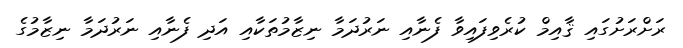
ރަށްރަށުގައި ޤާއިމް ކުރެވިފައިވާ ފެނާއި ނަރުދަމާ ނިޒާމުތަކާއި އަދި ފެނާއި ނަރުދަމާ ނިޒާމުގެ